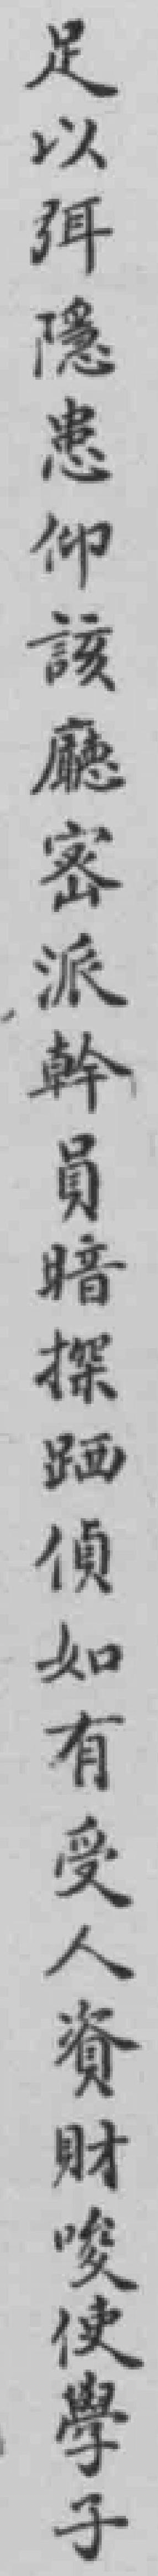
足以弭隱患仰該廳密派幹員暗探跴偵如有受人資財唆使學子